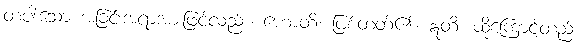
တပါးသော အခြင်းအရာအားဖြင့်လည်း။ ဟောတိ၊ ဖြစ်တတ်၏။ ဣတိ၊ ထို့ကြောင့်တည်း၊